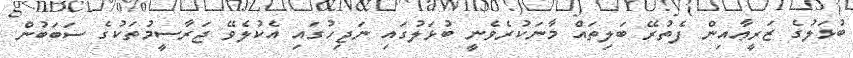
ބުޅަލުގެ ޒަރީޢާއިން ފެތުރޭ ބަލިތައް މާނަކުރެވެނީ ބުޅަލުގައި ނަޖިހުގައި އެކުލެވޭ ޖަރާސީމުތަކުގެ ސަބަބުން